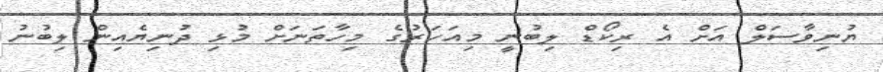
ޔުނިވާސަލް އަށް އެ ރިކޯޑް ލިބުނީ މިއަހަރުގެ މިހާތަނަށް މުޅި ދުނިޔެއިން ލިބުނު